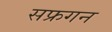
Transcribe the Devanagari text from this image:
सफ्रगन